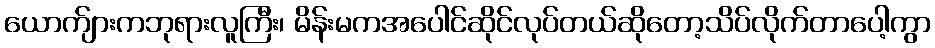
ယောက်ျားကဘုရားလူကြီး၊ မိန်းမကအပေါင်ဆိုင်လုပ်တယ်ဆိုတော့သိပ်လိုက်တာပေါ့ကွာ